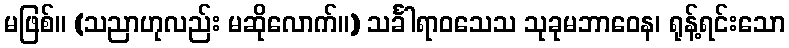
မဖြစ်။ (သညာဟုလည်း မဆိုလောက်။) သင်္ခါရာဝသေသ သုခုမဘာဝေန၊ ရုန့်ရင်းသော